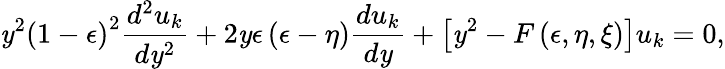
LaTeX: \mathit{y}^{2}\left(1-\epsilon\right)^{2}{\frac{{d^{2}u_{k}}}{{d\mathit{y}^{2}}}}+2\mathit{y}\epsilon\left(\epsilon-\eta\right){\frac{{du_{k}}}{{d\mathit{y}}}}+\left[\mathit{y}^{2}-F\left(\epsilon,\eta,\xi\right)\right]u_{k}=0,